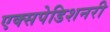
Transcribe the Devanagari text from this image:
एक्सपेडिशनरी